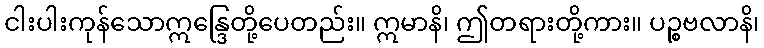
ငါးပါးကုန်သောဣန္ဒြေတို့ပေတည်း။ ဣမာနိ၊ ဤတရားတို့ကား။ ပဉ္စဗလာနိ၊